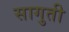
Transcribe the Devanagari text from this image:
सागुती